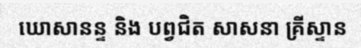
ឃោសានន្ទ និង បព្វជិត សាសនា គ្រីស្ទាន